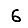
Digit: 6